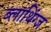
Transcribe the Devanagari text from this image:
ब्लाथिंग्ज